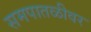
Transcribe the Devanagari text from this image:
समपातळीवर